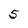
Character: 5